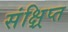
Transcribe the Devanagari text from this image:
संक्ष्रिप्त